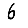
Digit: 6